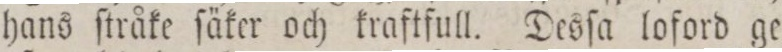
hans ſtråke ſäker och kraftfull. Desſa loford ge